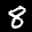
Label: 8